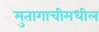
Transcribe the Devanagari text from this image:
मुतागाचीमधील